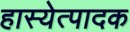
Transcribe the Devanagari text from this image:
हास्येत्पादक